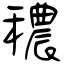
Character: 穠